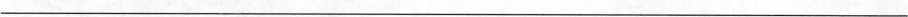
___